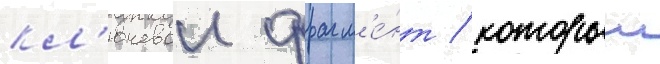
кл'ючевои фрагм'е́нт / которыи